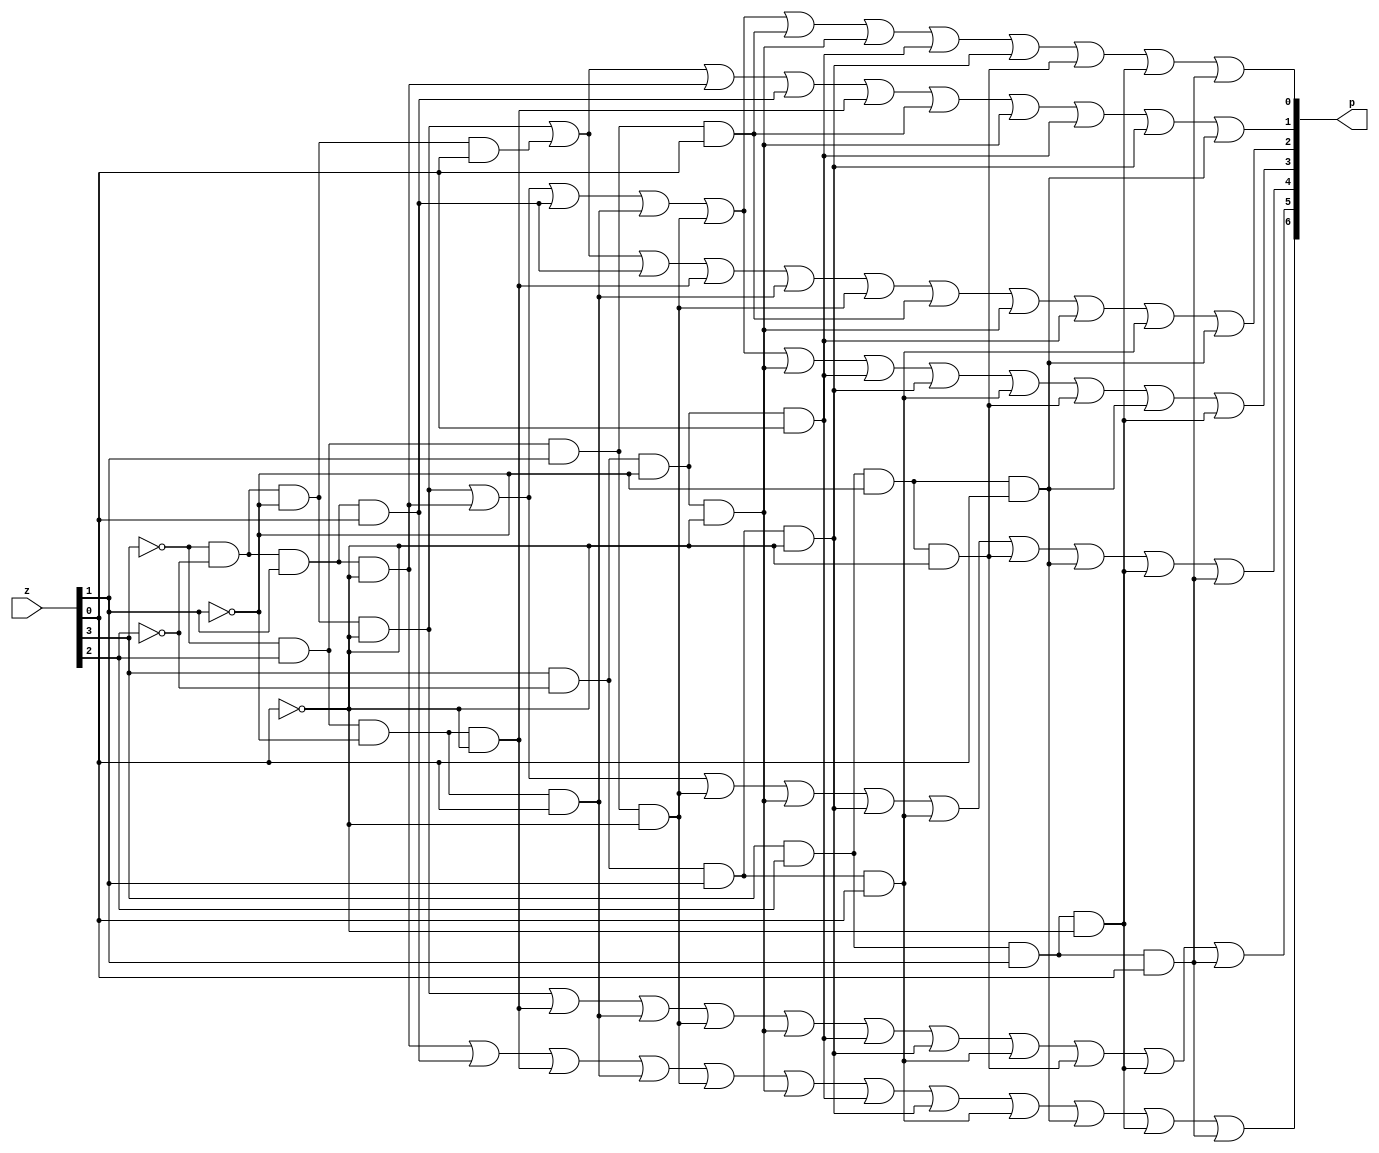
module print_7(z,p);
  input [3:0] z;
  output [6:0] p;
  assign p[0]=~z[3]&~z[2]&~z[1]&~z[0] | ~z[3]&~z[2]&z[1]&~z[0] | ~z[3]&~z[2]&z[1]&z[0] | ~z[3]&z[2]&~z[1]&z[0] | ~z[3]&z[2]&z[1]&~z[0] | ~z[3]&z[2]&z[1]&z[0] | z[3]&~z[2]&~z[1]&~z[0] | z[3]&~z[2]&~z[1]&z[0] | z[3]&~z[2]&z[1]&~z[0] | z[3]&z[2]&~z[1]&~z[0] | z[3]&z[2]&z[1]&~z[0] | z[3]&z[2]&z[1]&z[0];
  assign p[1]=~z[3]&~z[2]&~z[1]&~z[0] | ~z[3]&~z[2]&~z[1]&z[0] | ~z[3]&~z[2]&z[1]&~z[0] | ~z[3]&~z[2]&z[1]&z[0] | ~z[3]&z[2]&~z[1]&~z[0] | ~z[3]&z[2]&z[1]&z[0] | z[3]&~z[2]&~z[1]&~z[0] | z[3]&~z[2]&~z[1]&z[0] | z[3]&~z[2]&z[1]&~z[0] | z[3]&z[2]&~z[1]&z[0];
  assign p[2]=~z[3]&~z[2]&~z[1]&~z[0] | ~z[3]&~z[2]&~z[1]&z[0] | ~z[3]&~z[2]&z[1]&z[0] | ~z[3]&z[2]&~z[1]&~z[0] | ~z[3]&z[2]&~z[1]&z[0] | ~z[3]&z[2]&z[1]&~z[0] | ~z[3]&z[2]&z[1]&z[0] | z[3]&~z[2]&~z[1]&~z[0] | z[3]&~z[2]&~z[1]&z[0] | z[3]&~z[2]&z[1]&z[0] | z[3]&z[2]&~z[1]&z[0]; 
  assign p[3]=~z[3]&~z[2]&~z[1]&~z[0] | ~z[3]&~z[2]&z[1]&~z[0] | ~z[3]&~z[2]&z[1]&z[0] | ~z[3]&z[2]&~z[1]&z[0] | ~z[3]&z[2]&z[1]&~z[0] | z[3]&~z[2]&~z[1]&~z[0] | z[3]&~z[2]&~z[1]&z[0] | z[3]&~z[2]&z[1]&~z[0] | z[3]&~z[2]&z[1]&z[0] | z[3]&z[2]&~z[1]&~z[0] | z[3]&z[2]&~z[1]&z[0] | z[3]&z[2]&z[1]&~z[0];
  assign p[4]=~z[3]&~z[2]&~z[1]&~z[0] | ~z[3]&~z[2]&z[1]&~z[0] | ~z[3]&z[2]&z[1]&~z[0] | z[3]&~z[2]&~z[1]&~z[0] | z[3]&~z[2]&z[1]&~z[0] | z[3]&~z[2]&z[1]&z[0] | z[3]&z[2]&~z[1]&~z[0] | z[3]&z[2]&~z[1]&z[0] | z[3]&z[2]&z[1]&~z[0] | z[3]&z[2]&z[1]&z[0];
  assign p[5]=~z[3]&~z[2]&~z[1]&~z[0] | ~z[3]&z[2]&~z[1]&~z[0] | ~z[3]&z[2]&~z[1]&z[0] | ~z[3]&z[2]&z[1]&~z[0] | z[3]&~z[2]&~z[1]&~z[0] | z[3]&~z[2]&~z[1]&z[0] | z[3]&~z[2]&z[1]&~z[0] | z[3]&~z[2]&z[1]&z[0] | z[3]&z[2]&~z[1]&~z[0] | z[3]&z[2]&z[1]&~z[0] | z[3]&z[2]&z[1]&z[0];
  assign p[6]=~z[3]&~z[2]&z[1]&~z[0] | ~z[3]&~z[2]&z[1]&z[0] | ~z[3]&z[2]&~z[1]&~z[0] | ~z[3]&z[2]&~z[1]&z[0] | ~z[3]&z[2]&z[1]&~z[0] | z[3]&~z[2]&~z[1]&~z[0] | z[3]&~z[2]&~z[1]&z[0] | z[3]&~z[2]&z[1]&~z[0] | z[3]&~z[2]&z[1]&z[0] | z[3]&z[2]&~z[1]&z[0] | z[3]&z[2]&z[1]&~z[0] | z[3]&z[2]&z[1]&z[0];
endmodule